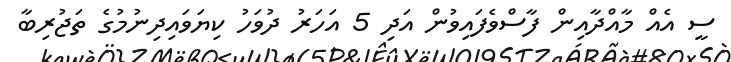
ސީ އެއް މާއްދާއިން ފާސްވެފައިވުން އަދި 5 އަހަރު ދުވަހު ކިޔަވައިދިނުމުގެ ތަޖުރިބާ